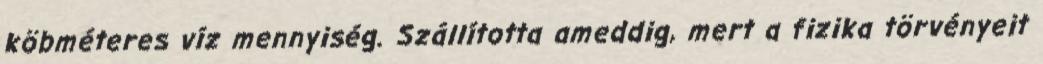
köbméteres víz mennyiség. Szállította ameddig, mert a fizika törvényeit